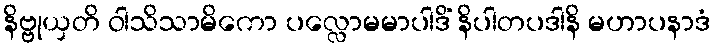
နိဗ္ဗုယှတိ ဝါသိသာမိကော ပလ္လောမမာပါဒိံ နိပါတပဒါနိ မဟာပနာဒံ